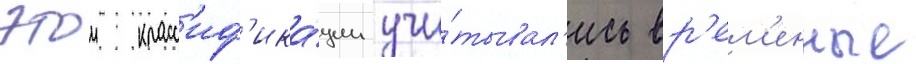
этои класс'иф'ика́ции учи́тывал'ись вр'ем'енные